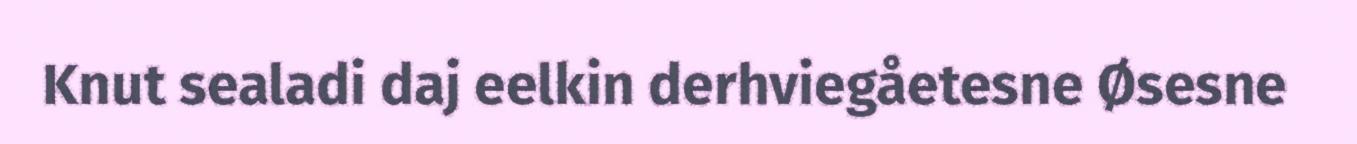
Knut sealadi daj eelkin derhviegåetesne Øsesne